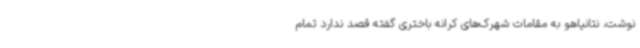
نوشت، نتانیاهو به مقامات شهرک‌های کرانه باختری گفته قصد ندارد تمام